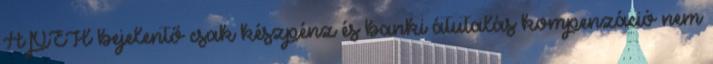
APEH bejelentő csak készpénz és banki átutalás kompenzáció nem